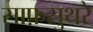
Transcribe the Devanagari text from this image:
साफ़सुथरे